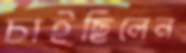
চাইছিলেন